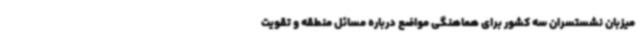
میزبان نشستسران سه کشور برای هماهنگی مواضع درباره مسائل منطقه و تقویت